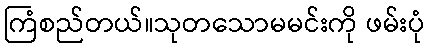
ကြံစည်တယ်။သုတသောမမင်းကို ဖမ်းပုံ